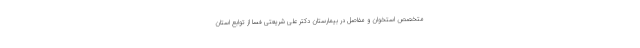
متخصص استخوان و مفاصل در بیمارستان دکتر علی شریعتی فسا از توابع استان